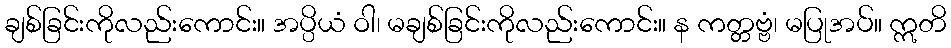
ချစ်ခြင်းကိုလည်းကောင်း။ အပ္ပိယံ ဝါ၊ မချစ်ခြင်းကိုလည်းကောင်း။ န ကတ္တဗ္ဗံ၊ မပြုအပ်။ ဣတိ